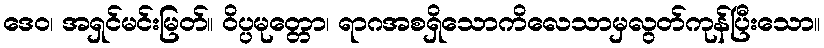
ဒေဝ၊ အရှင်မင်းမြတ်။ ဝိပ္ပမုတ္တော၊ ရာဂအစရှိသောကိလေသာမှလွတ်ကုန်ပြီးသော။